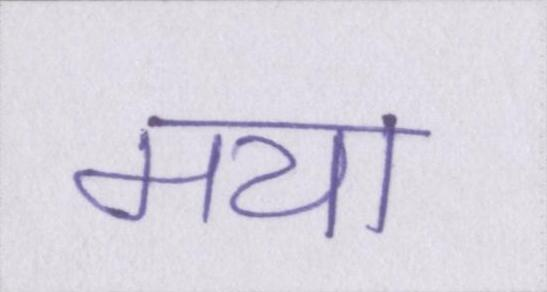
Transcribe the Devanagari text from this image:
मया